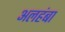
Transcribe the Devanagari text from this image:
अलहंबा